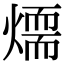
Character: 𤏙